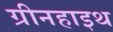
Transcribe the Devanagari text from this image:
ग्रीनहाइथ